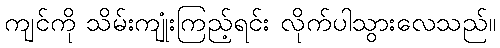
ကျင်ကို သိမ်းကျုံးကြည့်ရင်း လိုက်ပါသွားလေသည်။